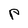
Character: p